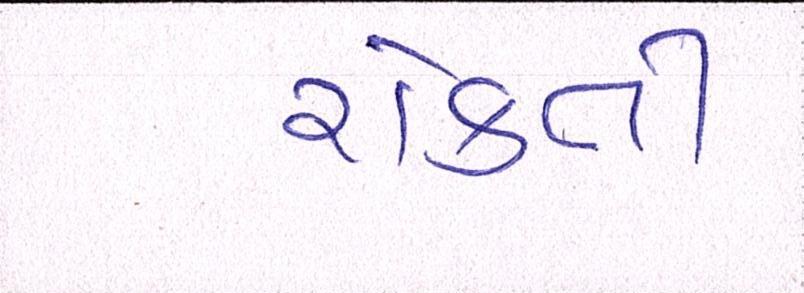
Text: રોકતી